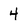
Character: 4